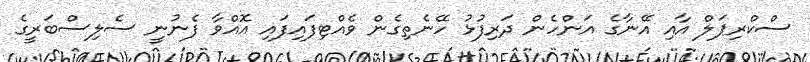
ސްކްރިޕަލް އާއި އޭނާގެ އަންހެން ދަރިފުޅު ހޭނެތިގެން ވެއްޓިފައިފައި އޮއްވާ ފެނުނީ ސެލިސްބަރީގެ